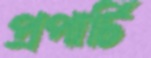
প্রপার্টি